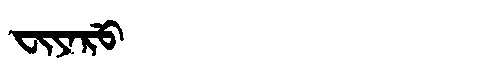
Manchu: ᠸᡳᠶᠠᡵᡠ
Romanization: FIYARU